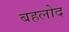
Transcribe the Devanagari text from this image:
बहलोद